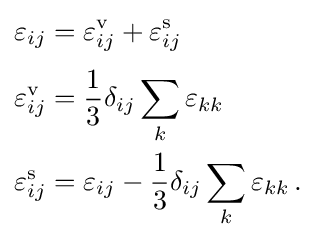
{\begin{aligned}\varepsilon _{ij}&=\varepsilon _{ij}^{\text{v}}+\varepsilon _{ij}^{\text{s}}\\[3pt]\varepsilon _{ij}^{\text{v}}&={\frac {1}{3}}\delta _{ij}\sum _{k}\varepsilon _{kk}\\\varepsilon _{ij}^{\text{s}}&=\varepsilon _{ij}-{\frac {1}{3}}\delta _{ij}\sum _{k}\varepsilon _{kk}\,.\end{aligned}}